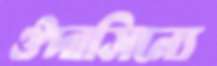
ঔদাসিন্যে